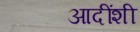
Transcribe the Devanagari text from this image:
आदींशी